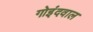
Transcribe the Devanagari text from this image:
गोइंदवाल